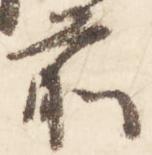
前